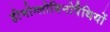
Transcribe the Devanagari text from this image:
हीमोग्लोबिनोपैथियों